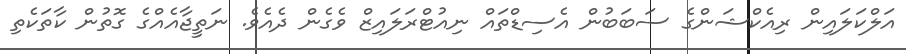
އަލްކަލައިން ރިއެކްޝަންގެ ސަބަބުން އެސިޑްތައް ނިއުޓްރަލައިޒް ވެގެން ދެއެވެ. ނަތީޖާއެއްގެ ގޮތުން ކާތަކެތި